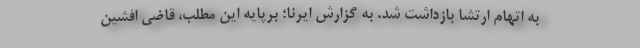
به اتهام ارتشا بازداشت شد. به گزارش ایرنا؛ برپایه این مطلب، قاضی افشین